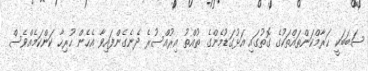
ސަބަބަކީ ޙަރާމްކަންތައްތަކުގެ ގޮތުގައި އަޅުގަޑުމެންގެ ތުއްތު އިރުއްސުރެ ދެނެގެންފައިވާ އެހެން ހުރިހާ ކަންކަމެއްވެސް